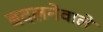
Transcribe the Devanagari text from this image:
बदलनेवाले